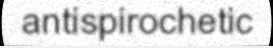
antispirochetic